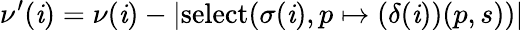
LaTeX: \nu^{\prime}(\mathit{i})=\nu(\mathit{i})-|\textup{{select}}(\sigma(\mathit{i}),p\mapsto(\delta(\mathit{i}))(p,s))|